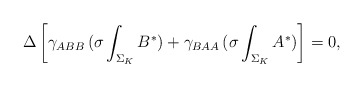
\begin{align*}\Delta\left[{\gamma_{ABB}\,(\sigma\int_{\Sigma_K} B^*) +\gamma_{BAA}\,(\sigma\int_{\Sigma_K} A^*)}\right]=0,\end{align*}